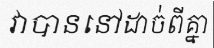
វាបាននៅដាច់ពីគ្នា